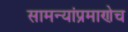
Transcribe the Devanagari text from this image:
सामन्यांप्रमाणेच